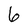
Character: 6